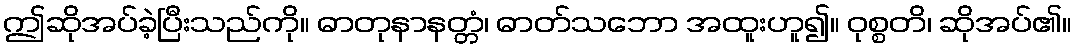
ဤဆိုအပ်ခဲ့ပြီးသည်ကို။ ဓာတုနာနတ္တံ၊ ဓာတ်သဘော အထူးဟူ၍။ ဝုစ္စတိ၊ ဆိုအပ်၏။